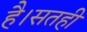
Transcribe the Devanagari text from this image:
है।सतही